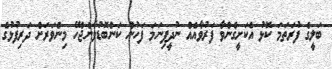
ބަލީގެ ފުރަތަމަ ކޮޅު އެކަށީގެންވާ ފަރުވާއެއް ނުދީފިނަމަ ފަހުން ކަންބޮޑުވާންޖެހޭ މިންވަރަށް ދަރިފުޅުގެ